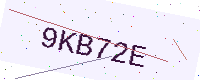
Text: 9KB72E